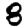
Digit: 8